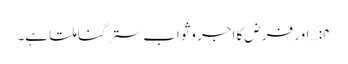
۴:… اور فرض کا اجر وثواب ستر گنا ملتا ہے۔